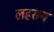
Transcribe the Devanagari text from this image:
लहसन